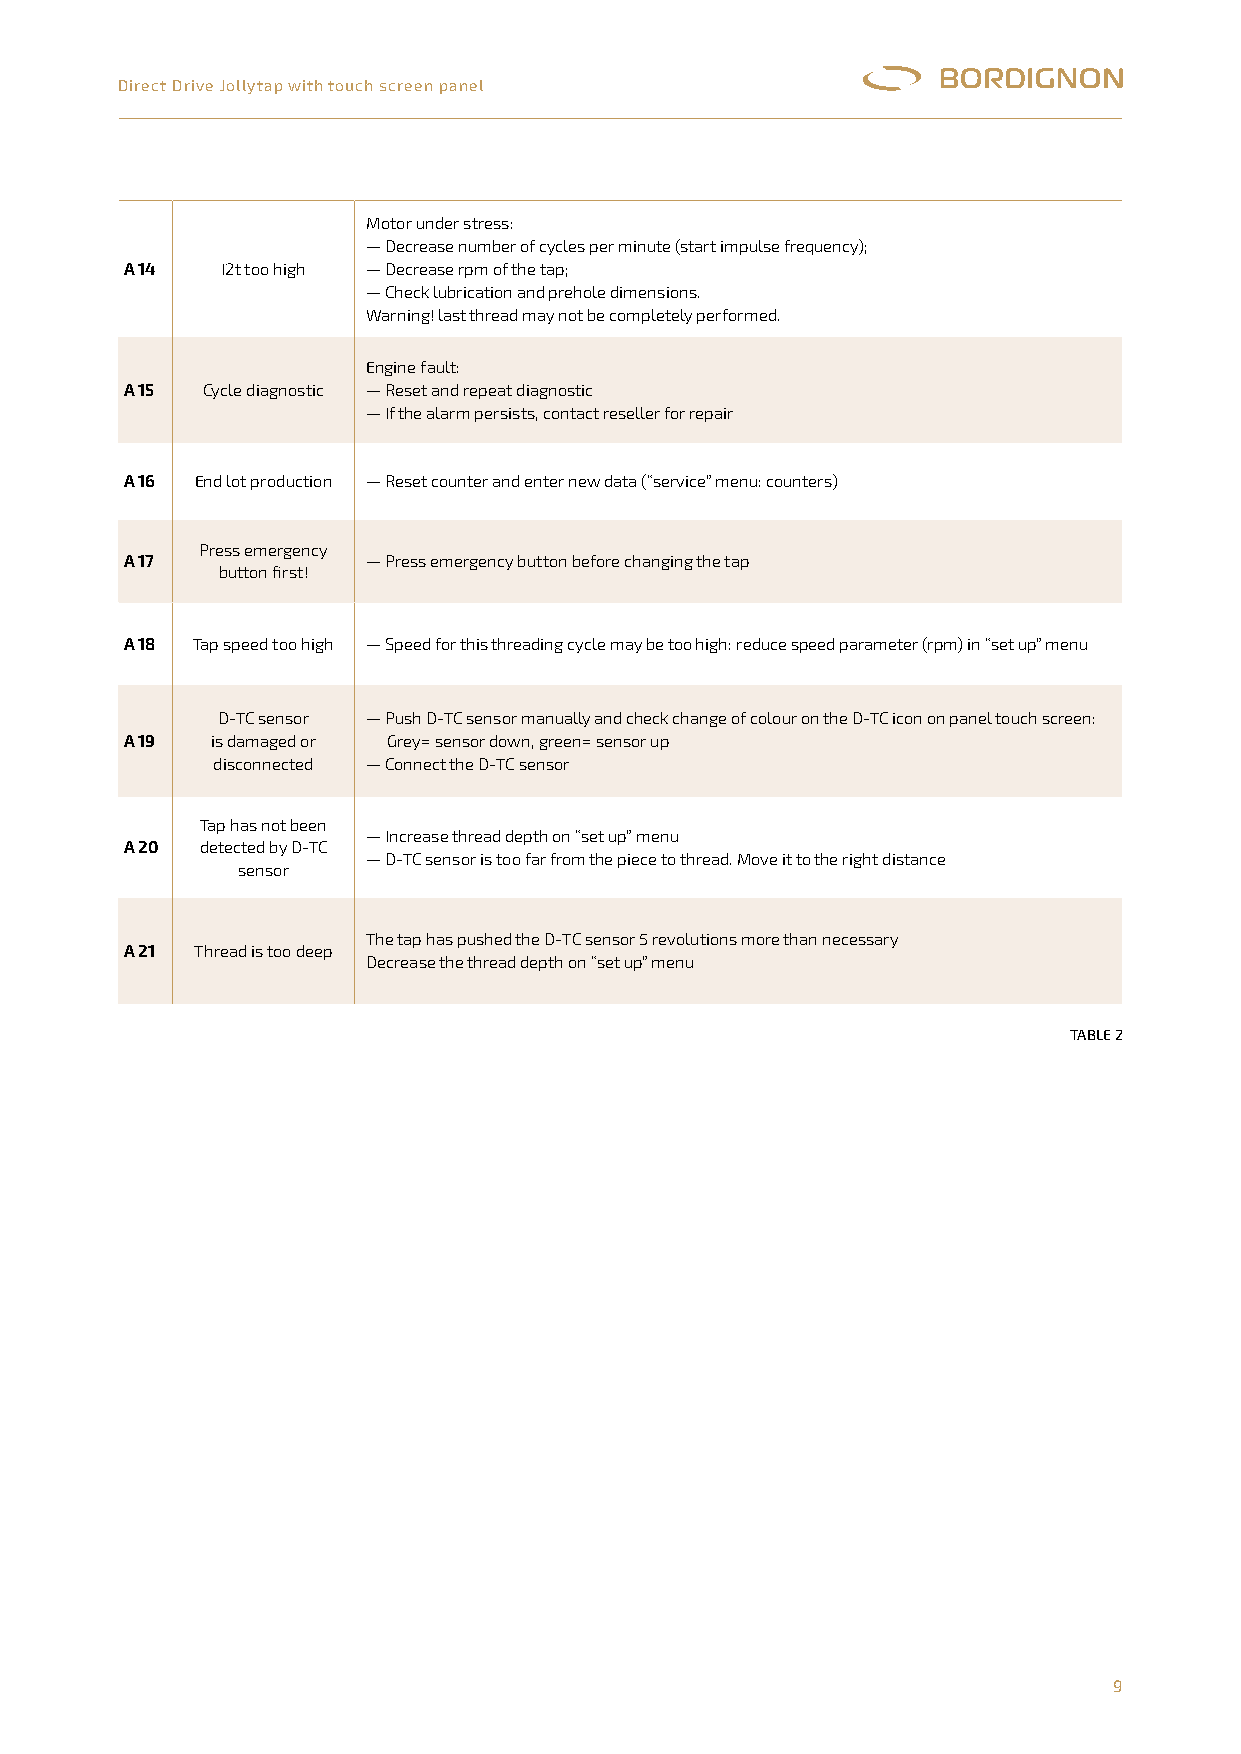
Direct Drive Jollytap with touch screen panel
 Motor under stress:
 — Decrease number of cycles per minute (start impulse frequency);
 A 14   I2t too high — Decrease rpm of the tap;
 — Check lubrication and prehole dimensions.
 Warning! last thread may not be completely performed.
 Engine fault:
 A 15 Cycle diagnostic — Reset and repeat diagnostic
 — If the alarm persists, contact reseller for repair
 A 16 End lot production — Reset counter and enter new data (“service” menu: counters)
 Press emergency
 A 17            — Press emergency button before changing the tap
 button first!
 A 18 Tap speed too high — Speed for this threading cycle may be too high: reduce speed parameter (rpm) in “set up” menu
 D-TC sensor — Push D-TC sensor manually and check change of colour on the D-TC icon on panel touch screen:
 A 19  is damaged or Grey= sensor down, green= sensor up
 disconnected — Connect the D-TC sensor
 Tap has not been
 — Increase thread depth on “set up” menu
 A 20 detected by D-TC
 — D-TC sensor is too far from the piece to thread. Move it to the right distance
 sensor
 The tap has pushed the D-TC sensor 5 revolutions more than necessary
 A 21 Thread is too deep
 Decrease the thread depth on “set up” menu
 taBlE 2
 9